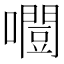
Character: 𡂛